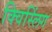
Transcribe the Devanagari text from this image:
क्विस्लिंग